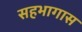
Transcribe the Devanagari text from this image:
सहभागास